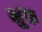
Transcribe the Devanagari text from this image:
भुंक